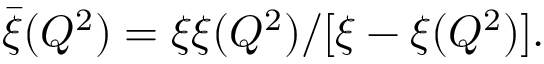
\bar { \xi } ( Q ^ { 2 } ) = { \xi \xi ( Q ^ { 2 } ) } / [ { \xi - \xi ( Q ^ { 2 } ) } ] .